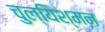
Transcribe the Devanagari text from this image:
चुल्यिश्मन